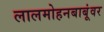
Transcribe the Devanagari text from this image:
लालमोहनबाबूंवर